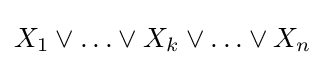
X_{1}\vee \ldots \vee X_{k}\vee \ldots \vee X_{n}